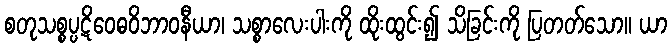
စတုသစ္စပ္ပဋိဝေဓဝိဘာဝနီယာ၊ သစ္စာလေးပါးကို ထိုးထွင်း၍ သိခြင်းကို ပြတတ်သော။ ယာ